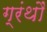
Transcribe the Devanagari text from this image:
ग्रंथौं